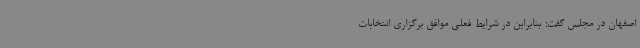
اصفهان در مجلس گفت: بنابراین در شرایط فعلی موافق برگزاری انتخابات